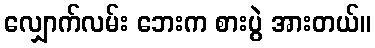
လျှောက်လမ်း ဘေးက စားပွဲ အားတယ်။